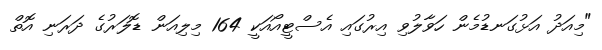
"މިއަދު އަޅުގަނޑުމެން ހަވާލުވި އިރުގައި އެސްޓީއޯއަކީ 164 މިލިއަން ޑޮލަރުގެ ދަރަނި އޮތް